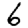
Digit: 6